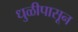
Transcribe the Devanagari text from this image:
धुळीपासून